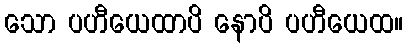
သော ပဟီယေထာပိ နောပိ ပဟီယေထ။